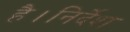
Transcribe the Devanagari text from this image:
है।निर्देश